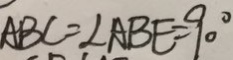
A B C = \angle A B E = 9 0 ^ { \circ }